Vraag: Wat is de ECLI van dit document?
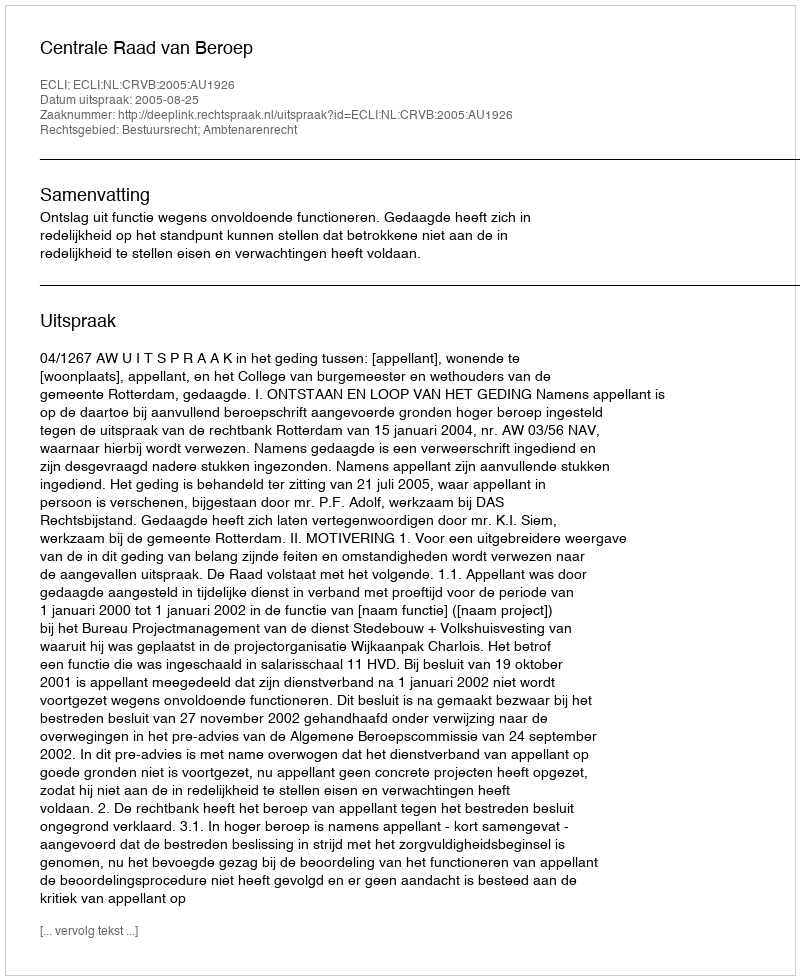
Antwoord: ECLI:NL:CRVB:2005:AU1926